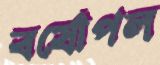
বর্ষোপল